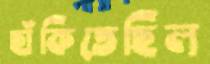
ছাঁকিতেছিল